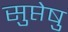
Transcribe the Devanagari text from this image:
सुप्तेषु